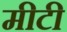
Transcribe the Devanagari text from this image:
मीटी